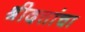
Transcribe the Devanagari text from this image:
श्रीदत्तांचा